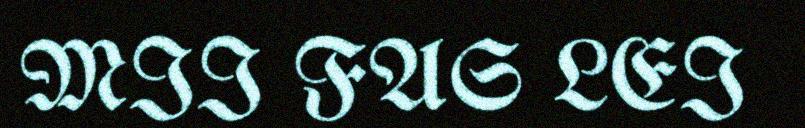
MII FAS LEI